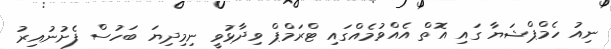
ނިއު ހެމްޕްޝަޔާ ގައި އޮތް އެއްވުމެއްގައި ޓްރަމްޕް ވިދާޅުވީ ނިމިދިޔަ ބަހުސް ފެށުނުއިރު